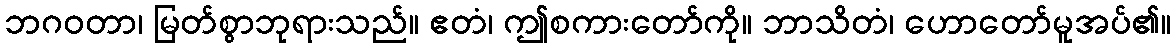
ဘဂဝတာ၊ မြတ်စွာဘုရားသည်။ ဧတံ၊ ဤစကားတော်ကို။ ဘာသိတံ၊ ဟောတော်မူအပ်၏။